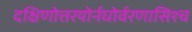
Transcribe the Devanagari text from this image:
दक्षिणोत्तरयोर्नघोर्वरणासिश्च